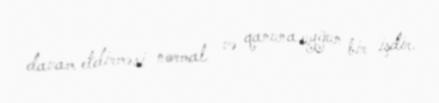
davam etdirməsi normal və qanuna uyğun bir işdir.